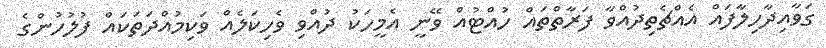
ގަވާއިދާހިލާފައް އެއްޗެތިދުއްވާ ފަރާތްތައް ހުއްޓުއް ވޭނީ އެމީހަކު ދުއްވި ވެހިކަލެއް ވަކިމުއްދަތަކައް ފުލުހުންގެ